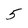
Character: 5